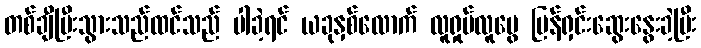
တစ်ချီပြီးသွားသည်ထင်သည် ပါခဲ့ရင် ယခုနှစ်လောက် လူရှုပ်လူပွေ ပြန်ရှင်းဆွေးနွေးခဲ့ပြီး